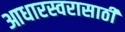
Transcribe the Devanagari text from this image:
आधारस्वरासाठी